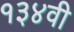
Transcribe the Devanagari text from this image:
१३४वी